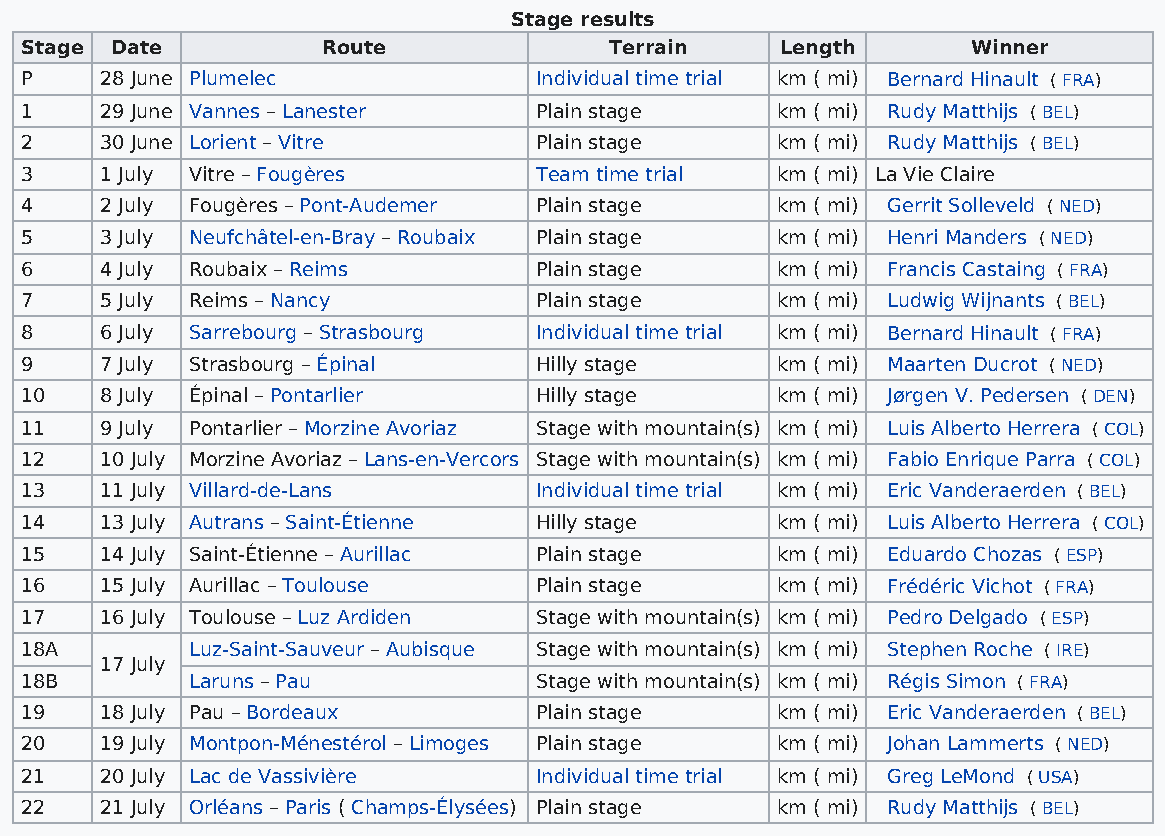
Stage results
 Stage Date          Route              Terrain     Length      Winner
 P     28 June Plumelec            Individual time trial km ( mi) Bernard Hinault ( FRA)
 1     29 June Vannes – Lanester   Plain stage     km ( mi) Rudy Matthijs ( BEL)
 2     30 June Lorient – Vitre     Plain stage     km ( mi) Rudy Matthijs ( BEL)
 3     1 July Vitre – Fougères     Team time trial km ( mi) La Vie Claire
 4     2 July Fougères – Pont-Audemer Plain stage  km ( mi) Gerrit Solleveld ( NED)
 5     3 July Neufchâtel-en-Bray – Roubaix Plain stage km ( mi) Henri Manders ( NED)
 6     4 July Roubaix – Reims      Plain stage     km ( mi) Francis Castaing ( FRA)
 7     5 July Reims – Nancy        Plain stage     km ( mi) Ludwig Wijnants ( BEL)
 8     6 July Sarrebourg – Strasbourg Individual time trial km ( mi) Bernard Hinault ( FRA)
 9     7 July Strasbourg – Épinal  Hilly stage     km ( mi) Maarten Ducrot ( NED)
 10    8 July Épinal – Pontarlier  Hilly stage     km ( mi) Jørgen V. Pedersen ( DEN)
 11    9 July Pontarlier – Morzine Avoriaz Stage with mountain(s) km ( mi) Luis Alberto Herrera ( COL)
 12    10 July Morzine Avoriaz – Lans-en-Vercors Stage with mountain(s) km ( mi) Fabio Enrique Parra ( COL)
 13    11 July Villard-de-Lans     Individual time trial km ( mi) Eric Vanderaerden ( BEL)
 14    13 July Autrans – Saint-Étienne Hilly stage km ( mi) Luis Alberto Herrera ( COL)
 15    14 July Saint-Étienne – Aurillac Plain stage km ( mi) Eduardo Chozas ( ESP)
 16    15 July Aurillac – Toulouse Plain stage     km ( mi) Frédéric Vichot ( FRA)
 17    16 July Toulouse – Luz Ardiden Stage with mountain(s) km ( mi) Pedro Delgado ( ESP)
 18A         Luz-Saint-Sauveur – Aubisque Stage with mountain(s) km ( mi) Stephen Roche ( IRE)
 17 July
 18B         Laruns – Pau          Stage with mountain(s) km ( mi) Régis Simon ( FRA)
 19    18 July Pau – Bordeaux      Plain stage     km ( mi) Eric Vanderaerden ( BEL)
 20    19 July Montpon-Ménestérol – Limoges Plain stage km ( mi) Johan Lammerts ( NED)
 21    20 July Lac de Vassivière   Individual time trial km ( mi) Greg LeMond ( USA)
 22    21 July Orléans – Paris ( Champs-Élysées) Plain stage km ( mi) Rudy Matthijs ( BEL)